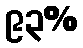
၉၃%